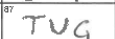
Transcription: TUG